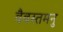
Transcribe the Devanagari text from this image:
वैवस्तमनु